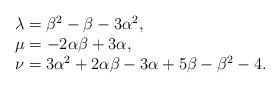
LaTeX: \begin{align*}\begin{array}{l}\lambda=\beta^2-\beta-3\alpha^2, \\ \mu=-2\alpha\beta+3\alpha, \\\nu=3\alpha^2+2\alpha\beta-3\alpha+5\beta-\beta^2-4. \end{array}\end{align*}